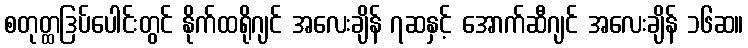
စတုတ္ထဒြပ်ပေါင်းတွင် နိုက်ထရိုဂျင် အလေးချိန် ၇ဆနှင့် အောက်ဆီဂျင် အလေးချိန် ၁၆ဆ။